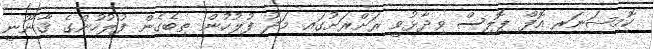
ކޮމިޝަނަރ އޮފް ޕޮލިސް ވިދާޅުވީ ރަށްރަށުގައި މަދު ފުލުހުން ތިބެގެން ފުލުހުންގެ ޤާނޫނީ